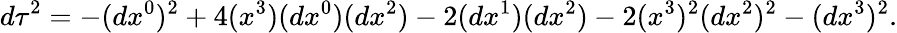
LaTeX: {d\tau}^{2}=-(dx^{0})^{2}+4(x^{3})(dx^{0})(dx^{2})-2(dx^{1})(dx^{2})-2(x^{3})^{2}(dx^{2})^{2}-(dx^{3})^{2}.